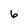
Character: 6